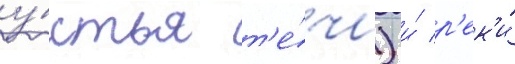
у́стья т'е́чи) и́ р'ек'и́